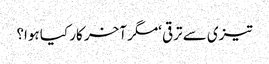
تیزی سے ترقی ‘مگر آخر کار کیا ہوا؟